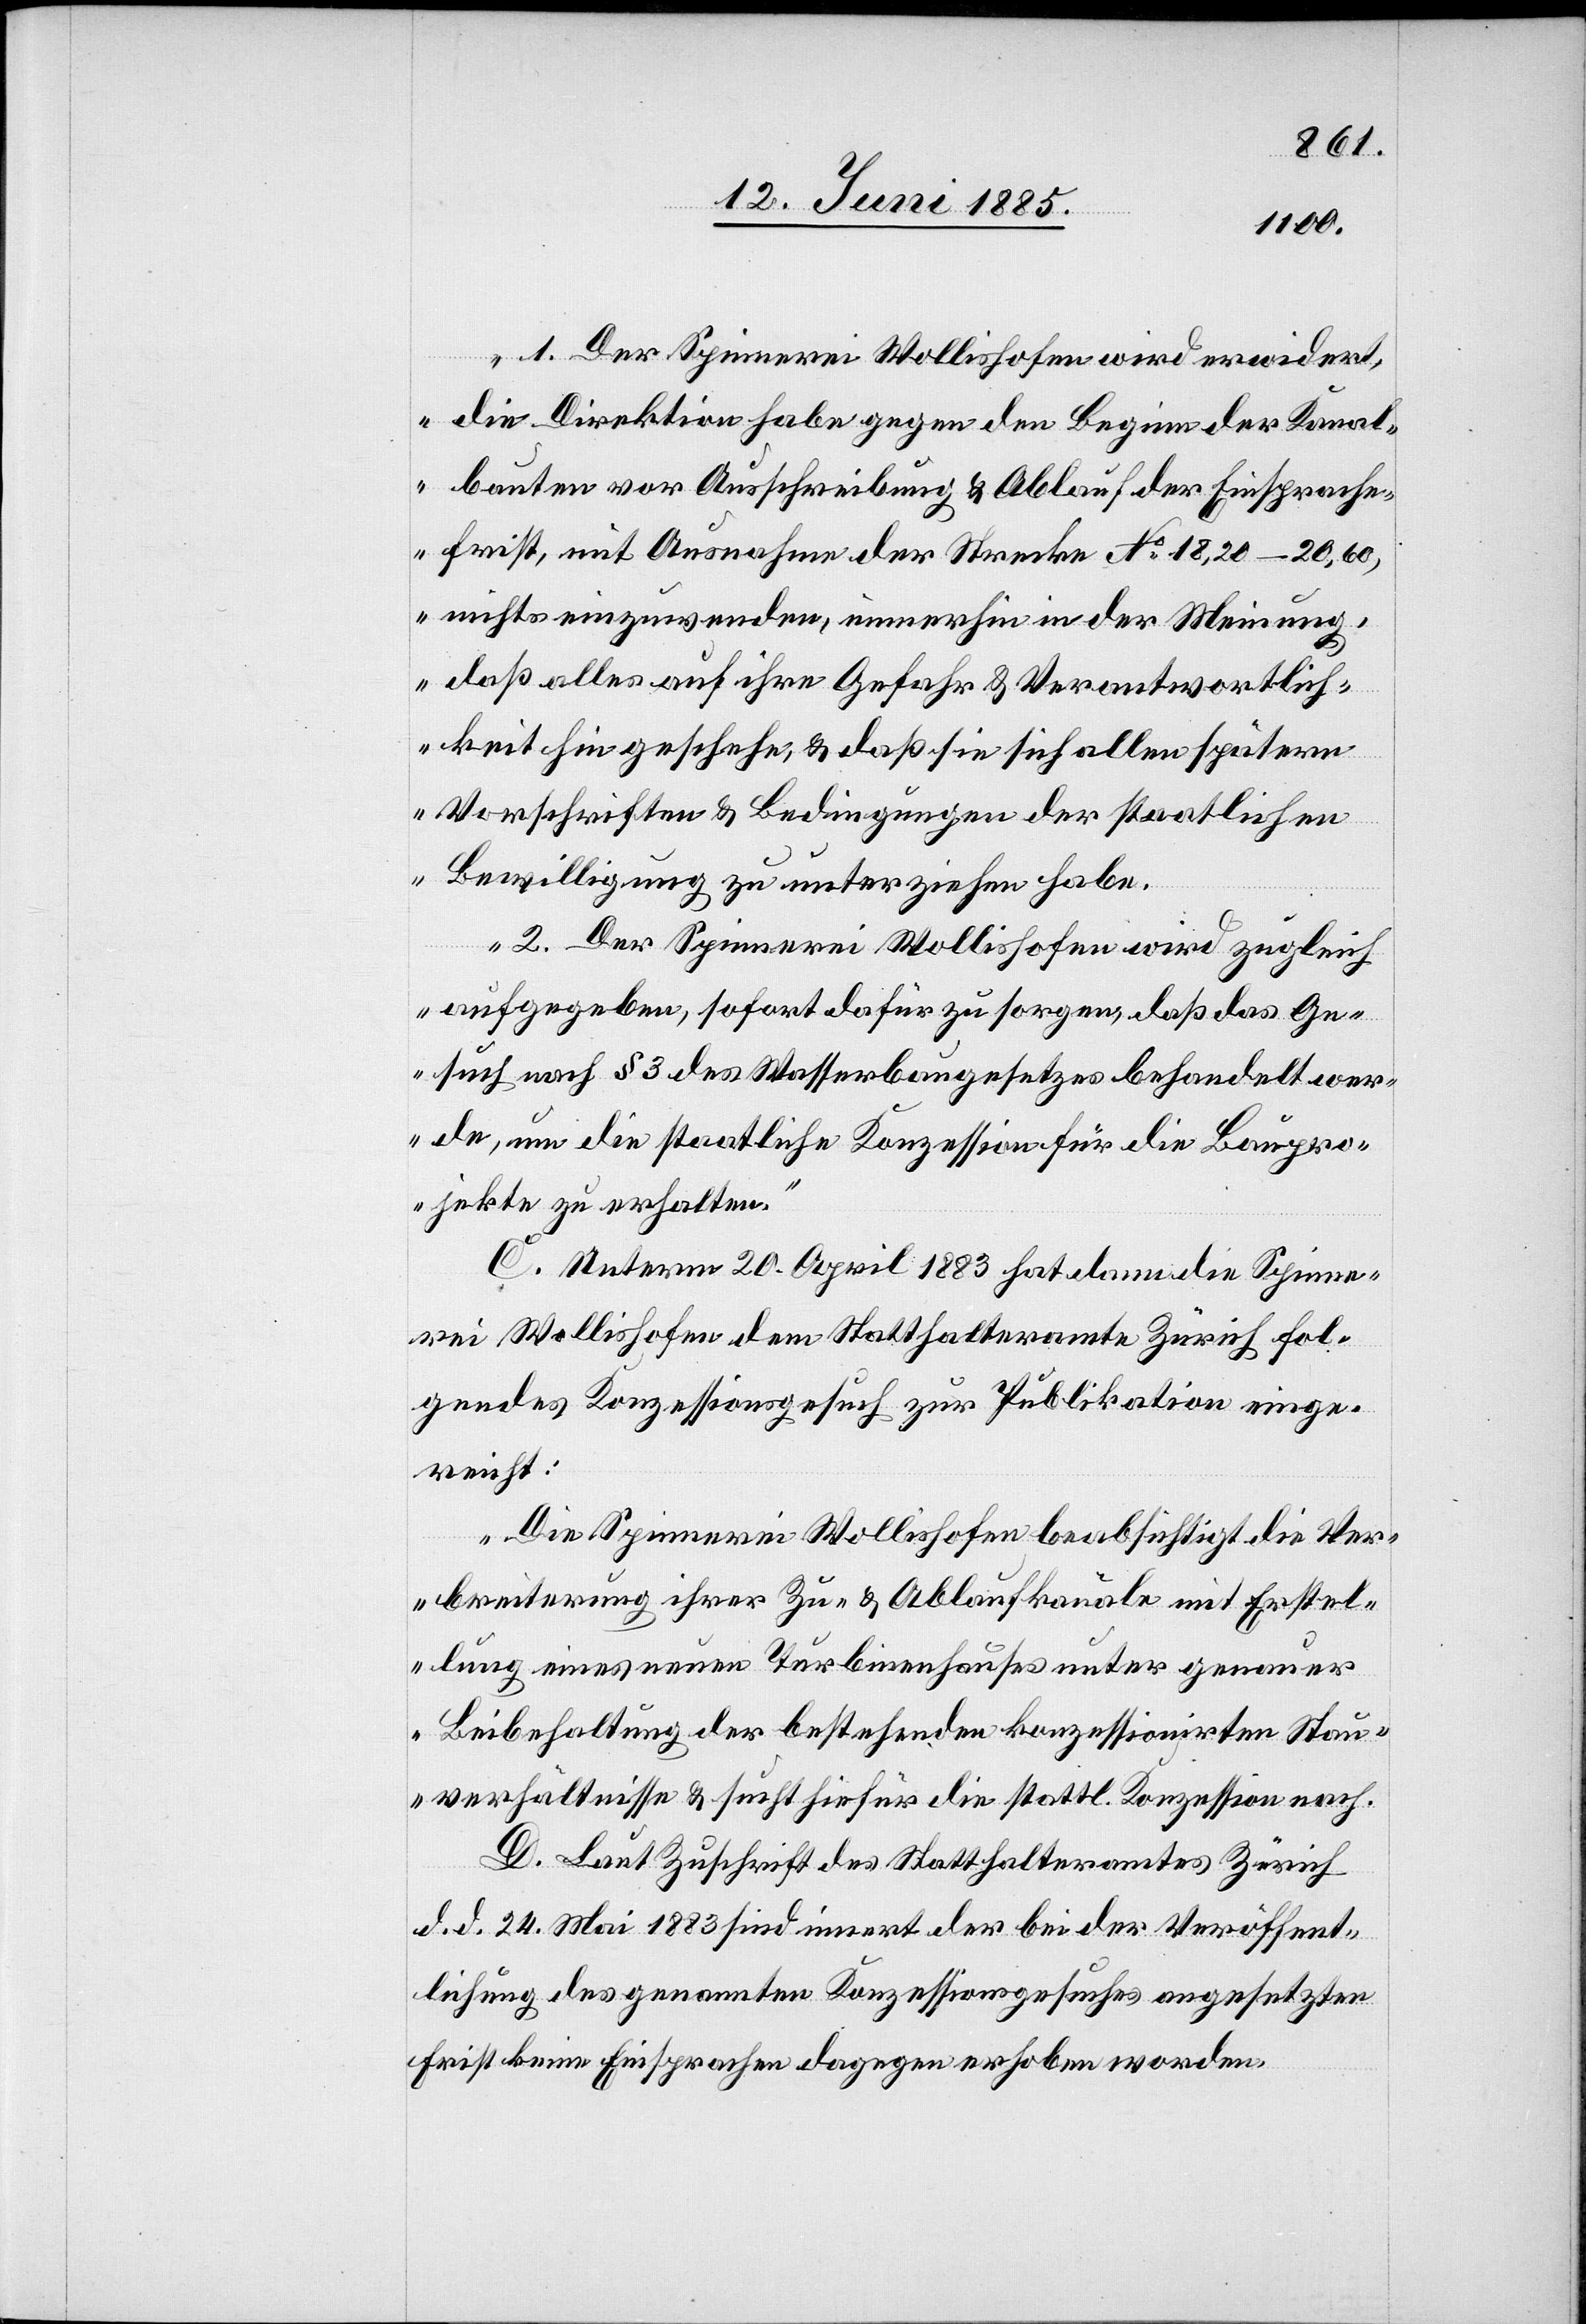
„1. Der Spinnerei Wollishofen wird erwidert,
die Direktion habe gegen den Beginn der Kanal¬
bauten vor Ausschreibung & Ablauf der Einsprache¬
frist, mit Ausnahme der Strecke No 18,20–20,60,
nichts einzuwenden, immerhin in der Meinung,
daß alles auf ihre Gefahr & Verantwortlich¬
keit hin geschehe, & daß sie sich allen spätern
Vorschriften & Bedingungen der staatlichen
Bewilligung zu unterziehen habe.
2. Der Spinnerei Wollishofen wird zugleich
aufgegeben, sofort dafür zu sorgen, daß das Ge¬
such nach § 3 des Wasserbaugesetzes behandelt wer¬
de, um die staatliche Konzession für die Baupro¬
jekte zu erhalten.“
C. Unterm 20. April 1883 hat dann die Spinne¬
rei Wollishofen dem Statthalteramte Zürich fol¬
gendes Konzessionsgesuch zur Publikation einge¬
reicht:
„Die Spinnerei Wollishofen beabsichtigt die Ver¬
breiterung ihrer Zu- & Ablaufkanäle mit Erstel¬
lung eines neuen Turbinenhauses unter genauer
Beibehaltung der bestehenden konzessionirten Stau¬
verhältnisse & sucht hiefür die staatl. Konzession nach.“
D. Laut Zuschrift des Statthalteramtes Zürich
d. d. 24. Mai 1883 sind innert der bei der Veröffent¬
lichung des genannten Konzessionsgesuches angesetzten
Frist keine Einsprachen dagegen erhoben worden.